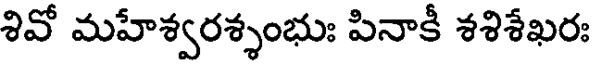
శివో మహేశ్వరశ్శంభుః పినాకీ శశిశేఖరః